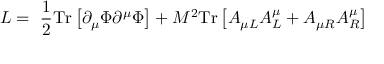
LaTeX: L = ~ \frac { 1 } { 2 } \mathrm { T r } \left[ \partial _ { \mu } \Phi \partial ^ { \mu } \Phi \right] + M ^ { 2 } \mathrm { T r } \left[ A _ { \mu L } A _ { L } ^ { \mu } + A _ { \mu R } A _ { R } ^ { \mu } \right] \,